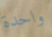
واحدة